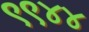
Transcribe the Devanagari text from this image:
९९४४